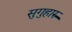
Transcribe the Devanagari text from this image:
सुगुहारु